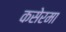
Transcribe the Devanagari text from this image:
कसेरमा